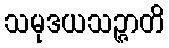
သမုဒယသဉ္ဇာတိ